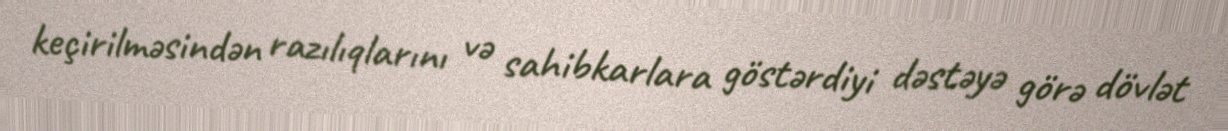
keçirilməsindən razılıqlarını və sahibkarlara göstərdiyi dəstəyə görə dövlət